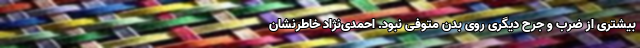
بیشتری از ضرب و جرح دیگری روی بدن متوفی نبود. احمدی‌نژاد خاطرنشان